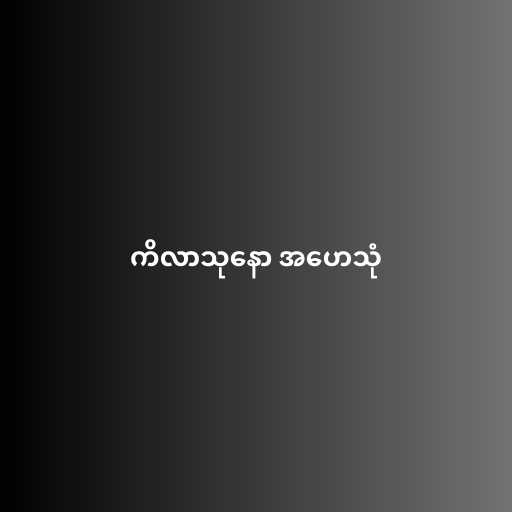
ကိလာသုနော အဟေသုံ